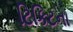
ટિકિટના